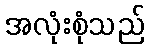
အလုံးစုံသည်